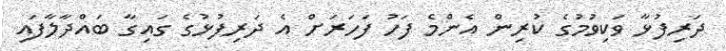
ދަރިފުޅާ ވަކިވުމުގެ ކުރިން އެންމެ ފަހު ފަހަރަށް އެ ދަރިފުޅުގެ ގައިގާ ބައްދާލާފައި